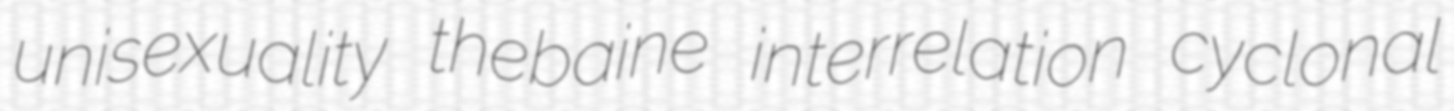
unisexuality thebaine interrelation cyclonal